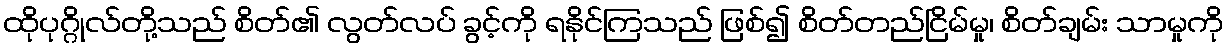
ထိုပုဂ္ဂိုလ်တို့သည် စိတ်၏ လွတ်လပ် ခွင့်ကို ရနိုင်ကြသည် ဖြစ်၍ စိတ်တည်ငြိမ်မှု၊ စိတ်ချမ်း သာမှုကို